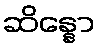
ဆိန္နော